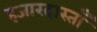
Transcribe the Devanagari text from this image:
हजारदास्ताँ